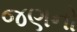
જણનો